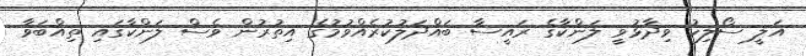
އަލީ ސޯލިހު ވިދާޅުވީ ލަންކާގެ ރައީސާ ބައްދަލުކުރެއްވުމުގެ އިތުރުން ވެސް ލަންކާގައި ތިއްބަވާ